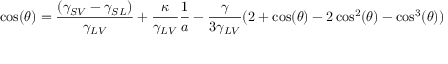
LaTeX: \cos ( \theta ) = { \frac { ( \gamma _ { S V } - \gamma _ { S L } ) } { \gamma _ { L V } } } + { \frac { \kappa } { \gamma _ { L V } } } { \frac { 1 } { a } } - { \frac { \gamma } { 3 \gamma _ { L V } } } ( 2 + \cos ( \theta ) - 2 \cos ^ { 2 } ( \theta ) - \cos ^ { 3 } ( \theta ) )